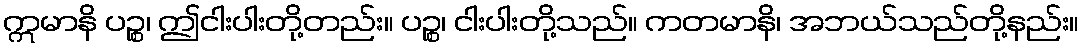
ဣမာနိ ပဉ္စ၊ ဤငါးပါးတို့တည်း။ ပဉ္စ၊ ငါးပါးတို့သည်။ ကတမာနိ၊ အဘယ်သည်တို့နည်း။